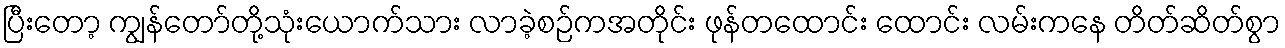
ပြီးတော့ ကျွန်တော်တို့သုံးယောက်သား လာခဲ့စဉ်ကအတိုင်း ဖုန်တထောင်း ထောင်း လမ်းကနေ တိတ်ဆိတ်စွာ